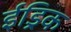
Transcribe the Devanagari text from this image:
ईड्रिक